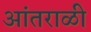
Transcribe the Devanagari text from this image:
आंतराळी